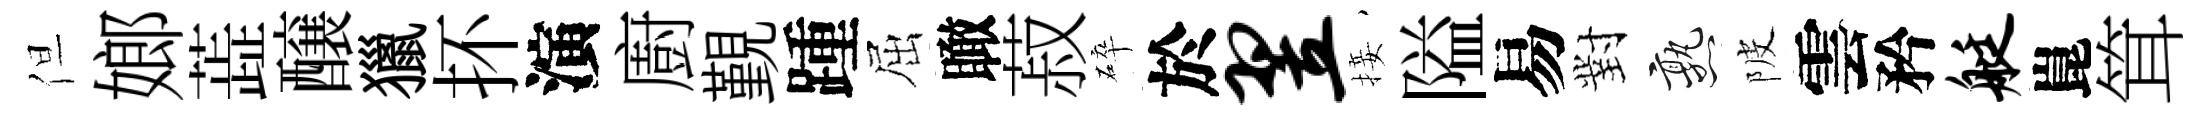
但嫏蕋醸獵抔演廚覲踵屈瞰菽碎於翌接隘易對熟陂雲矜艇崑䇯